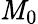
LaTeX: \mathit{M}_{0}